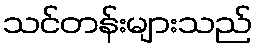
သင်တန်းများသည်